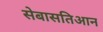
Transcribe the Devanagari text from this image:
सेबासतिआन